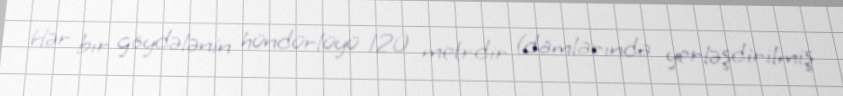
Hər bir göydələnin hündürlüyü 120 metrdir (damlarında yerləşdirilmiş